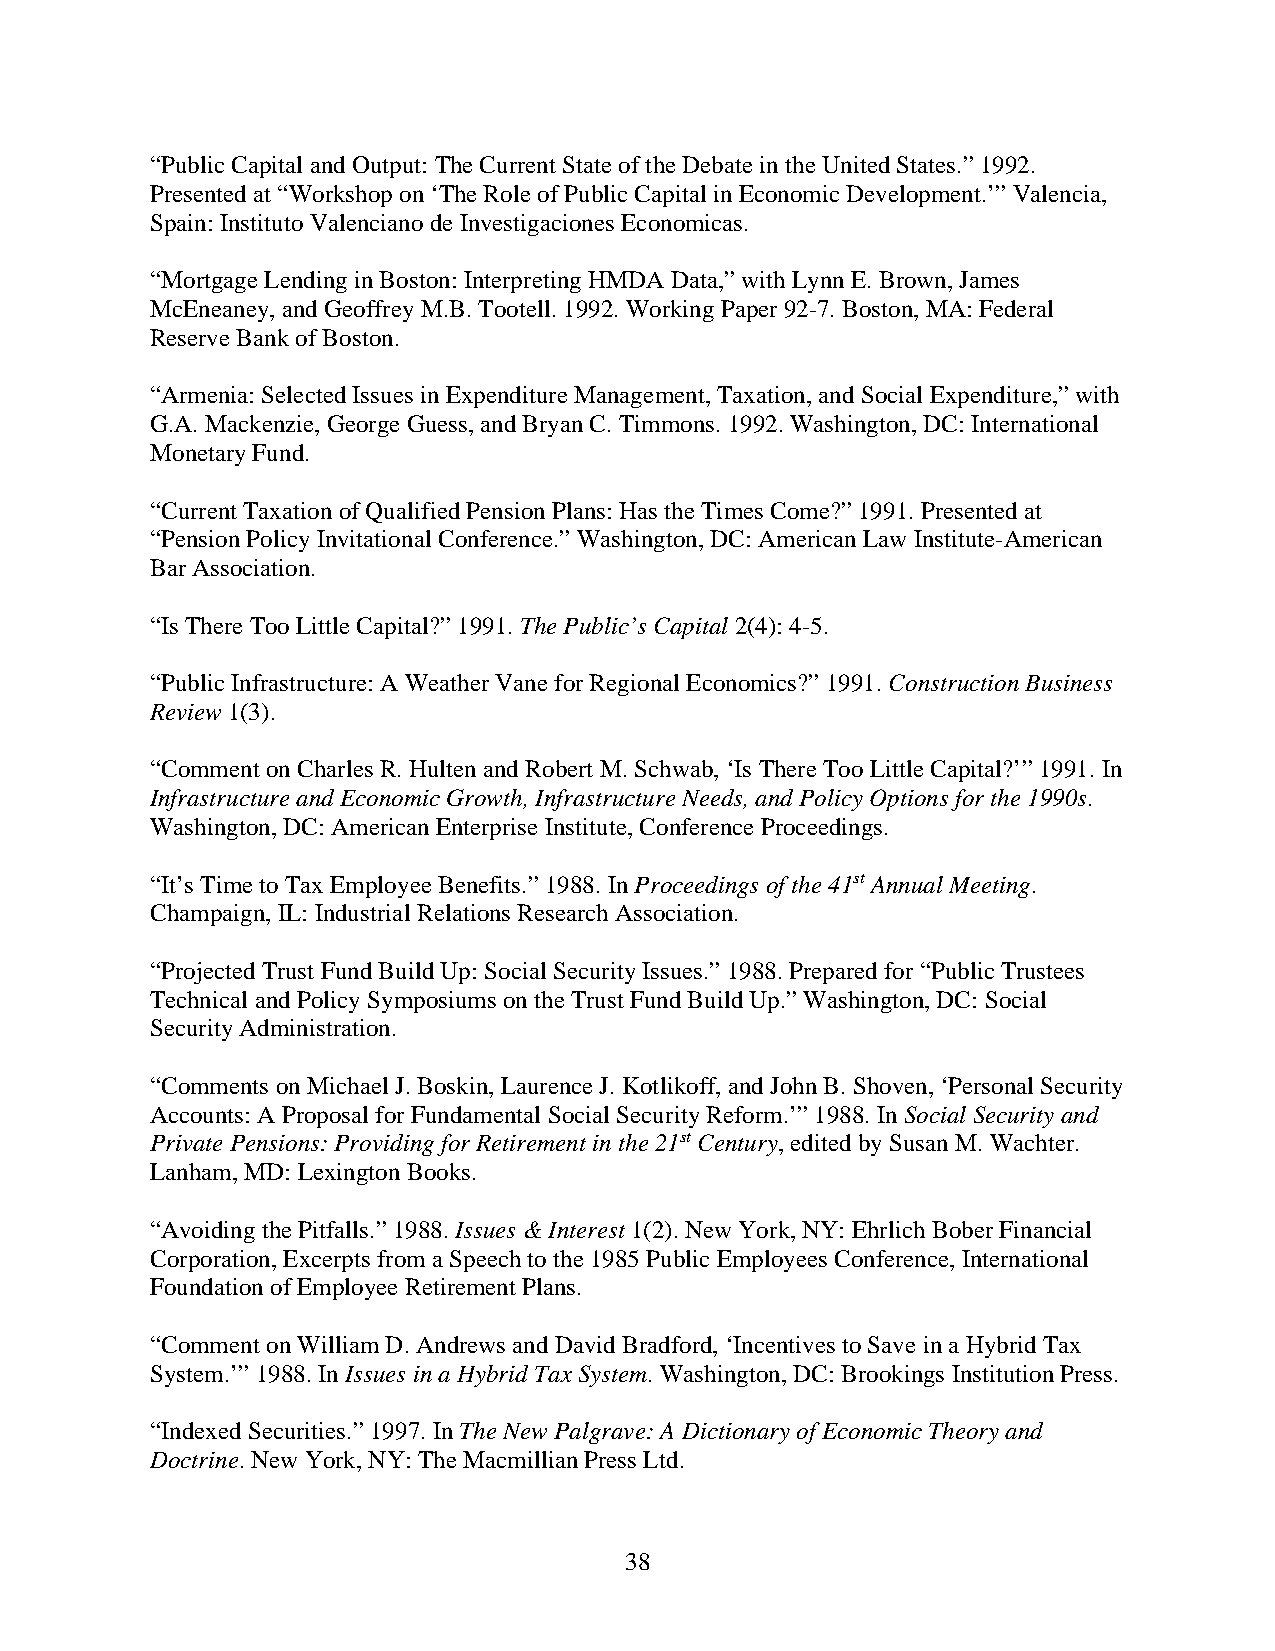
“Public Capital and Output: The Current State of the Debate in the United States.” 1992.
 Presented at “Workshop on ‘The Role of Public Capital in Economic Development.’” Valencia,
 Spain: Instituto Valenciano de Investigaciones Economicas.
 “Mortgage Lending in Boston: Interpreting HMDA Data,” with Lynn E. Brown, James
 McEneaney, and Geoffrey M.B. Tootell. 1992. Working Paper 92-7. Boston, MA: Federal
 Reserve Bank of Boston.
 “Armenia: Selected Issues in Expenditure Management, Taxation, and Social Expenditure,” with
 G.A. Mackenzie, George Guess, and Bryan C. Timmons. 1992. Washington, DC: International
 Monetary Fund.
 “Current Taxation of Qualified Pension Plans: Has the Times Come?” 1991. Presented at
 “Pension Policy Invitational Conference.” Washington, DC: American Law Institute-American
 Bar Association.
 “Is There Too Little Capital?” 1991. The Public’s Capital 2(4): 4-5.
 “Public Infrastructure: A Weather Vane for Regional Economics?” 1991. Construction Business
 Review 1(3).
 “Comment on Charles R. Hulten and Robert M. Schwab, ‘Is There Too Little Capital?’” 1991. In
 Infrastructure and Economic Growth, Infrastructure Needs, and Policy Options for the 1990s.
 Washington, DC: American Enterprise Institute, Conference Proceedings.
 “It’s Time to Tax Employee Benefits.” 1988. In Proceedings of the 41st Annual Meeting.
 Champaign, IL: Industrial Relations Research Association.
 “Projected Trust Fund Build Up: Social Security Issues.” 1988. Prepared for “Public Trustees
 Technical and Policy Symposiums on the Trust Fund Build Up.” Washington, DC: Social
 Security Administration.
 “Comments on Michael J. Boskin, Laurence J. Kotlikoff, and John B. Shoven, ‘Personal Security
 Accounts: A Proposal for Fundamental Social Security Reform.’” 1988. In Social Security and
 Private Pensions: Providing for Retirement in the 21st Century, edited by Susan M. Wachter.
 Lanham, MD: Lexington Books.
 “Avoiding the Pitfalls.” 1988. Issues & Interest 1(2). New York, NY: Ehrlich Bober Financial
 Corporation, Excerpts from a Speech to the 1985 Public Employees Conference, International
 Foundation of Employee Retirement Plans.
 “Comment on William D. Andrews and David Bradford, ‘Incentives to Save in a Hybrid Tax
 System.’” 1988. In Issues in a Hybrid Tax System. Washington, DC: Brookings Institution Press.
 “Indexed Securities.” 1997. In The New Palgrave: A Dictionary of Economic Theory and
 Doctrine. New York, NY: The Macmillian Press Ltd.
 38